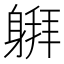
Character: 𰹅